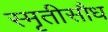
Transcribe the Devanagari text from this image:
स्मृतीसौध